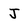
Character: J